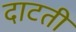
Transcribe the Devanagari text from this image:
दाटती